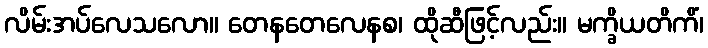
လိမ်းအပ်လေသလော။ တေနတေလေနစ၊ ထိုဆီဖြင့်လည်း။ မက္ခိယတိကိံ၊